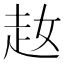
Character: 𧺜